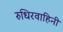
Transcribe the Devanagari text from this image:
रुधिरवाहिनी